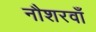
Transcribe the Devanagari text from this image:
नौशरवाँ